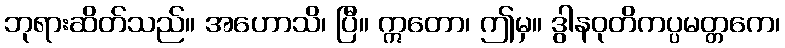
ဘုရားဆိတ်သည်။ အဟောသိ၊ ပြီ။ ဣတော၊ ဤမှ။ ဒွါနဝုတိကပ္ပမတ္တကေ၊